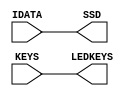
module outputUnit(
IDATA           ,   // Register Data (Input)
KEYS            ,   // Keys for Input Data Instruction (Input)
SSD             ,   // Seven Segment Block Display Data (Output)
LEDKEYS             // LED Keys for Input Data Instruction (Output)
);

parameter DATA_WIDTH = 32;
parameter KEYS_WIDTH = 11;

//--------------Input Ports----------------------------
input   [DATA_WIDTH-1:0]    IDATA;
input   [KEYS_WIDTH-1:0]    KEYS;

//--------------Output Ports---------------------------
output wire [DATA_WIDTH-1:0]    SSD;
output wire [KEYS_WIDTH-1:0]    LEDKEYS;

//-------------Processing Starts Here------------------

assign SSD = IDATA;
assign LEDKEYS = KEYS;

endmodule